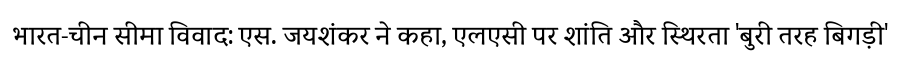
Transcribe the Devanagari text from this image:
भारत-चीन सीमा विवाद: एस. जयशंकर ने कहा, एलएसी पर शांति और स्थिरता 'बुरी तरह बिगड़ी'